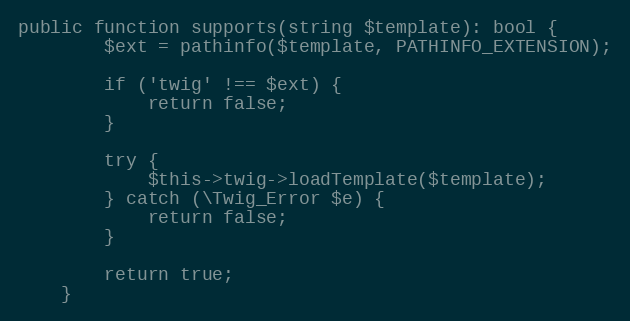
Language: PHP
public function supports(string $template): bool {
        $ext = pathinfo($template, PATHINFO_EXTENSION);

        if ('twig' !== $ext) {
            return false;
        }

        try {
            $this->twig->loadTemplate($template);
        } catch (\Twig_Error $e) {
            return false;
        }

        return true;
    }